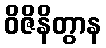
ဝိဇိနိတွာန